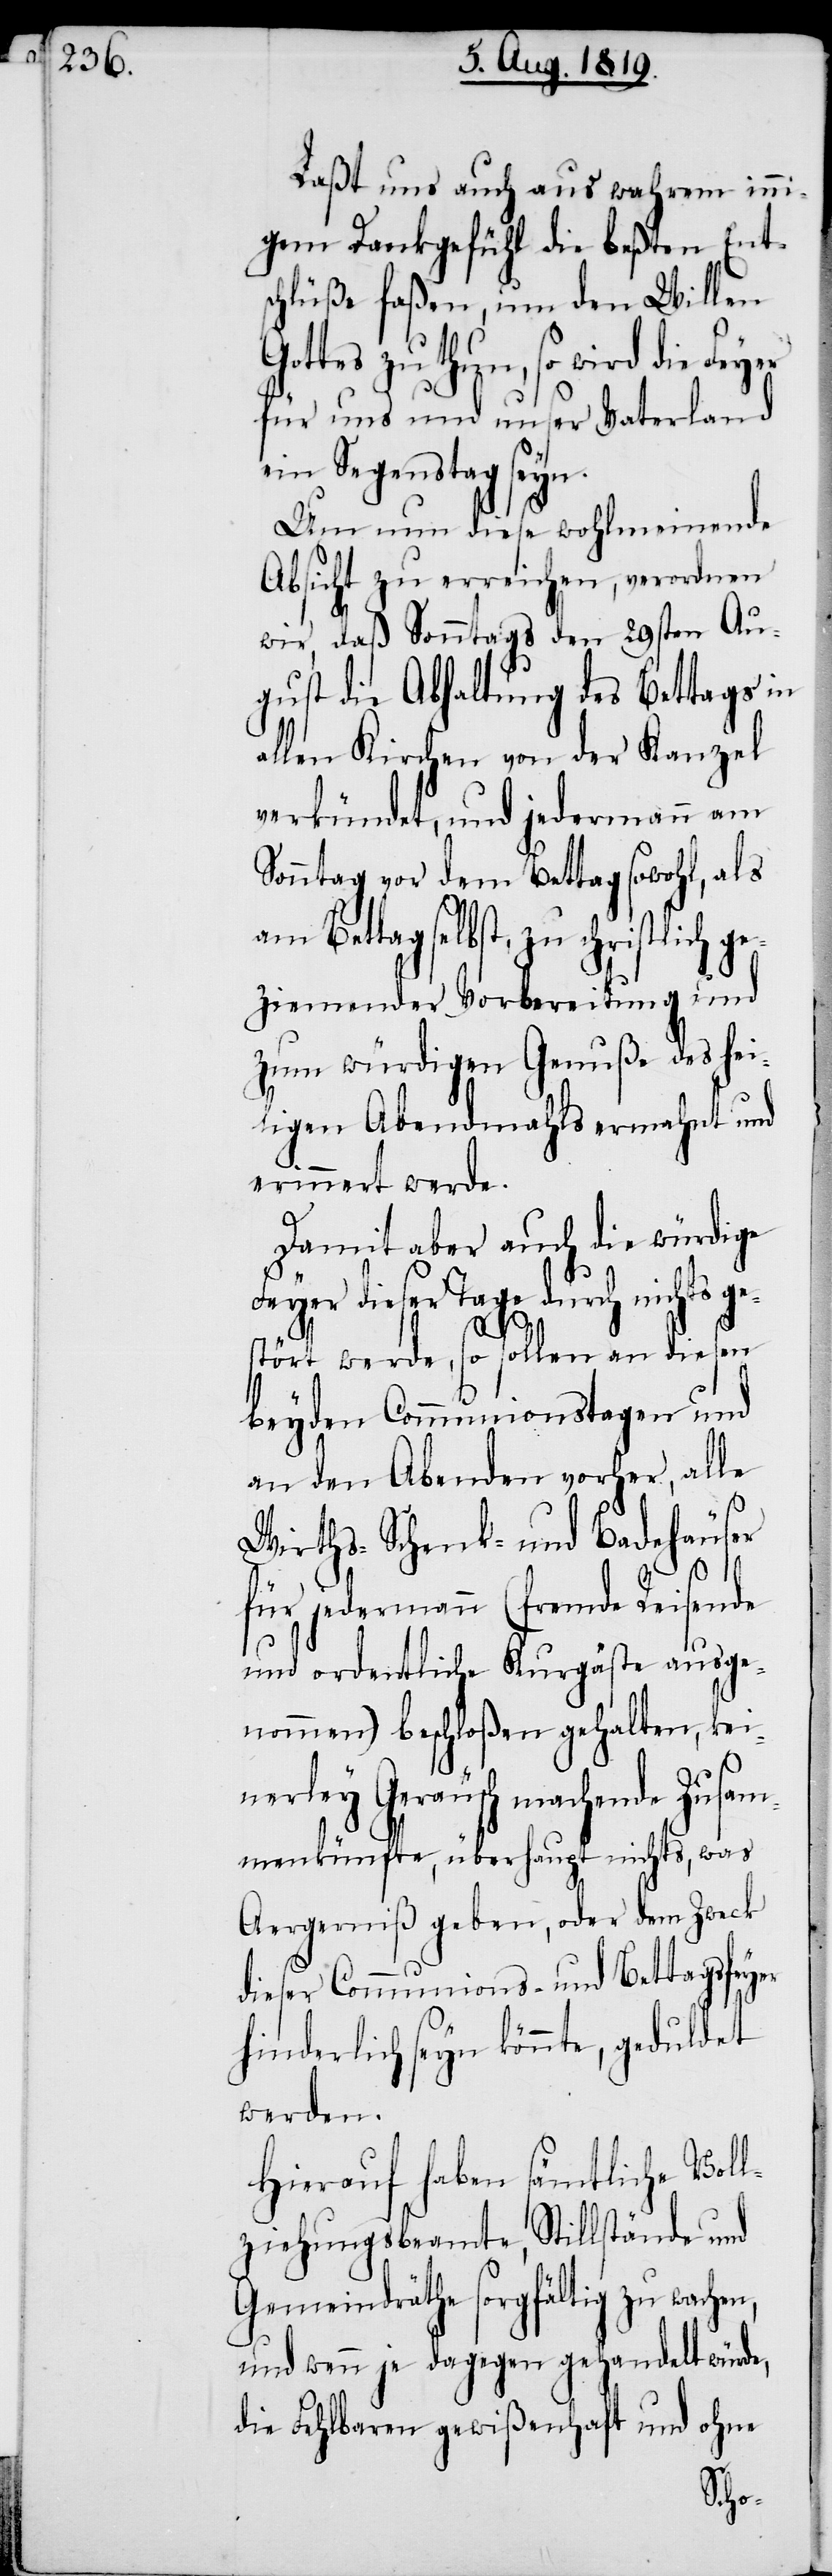
Laßt uns auch aus wahrem inni¬
gem Dankgefühl die beßten Ent¬
schlüße faßen, um den Willen
thun, so wird die
für uns und unser Vaterland
ein Segenstag seyn.
Um nun diese wohlmeinende
Absicht zu erreichen, verordnen
wir, daß Sonntags den 29ten Au¬
gust die Abhaltung des Bettags in
allen Kirchen von der Kanzel
verkündet, und jedermann am
Sonntag vor dem Bettag sowohl, als
am Bettag selbst, zu christlich ge¬
ziemender Vorbereitung und
zum würdigen Genuße des hei¬
ligen Abendmahls ermahnt und
erinnert werde.
Damit aber auch die würdige
Feyer dieser Tage durch nichts ge¬
stört werde, so sollen an diesen
beyden Communionstagen und
an den Abenden vorher, alle
en,
Wirths- Schenk- und Badehäuser
für jedermann (fremde Reisende
und ordentliche Kurgäste ausge¬
nommen) beschloßen gehalten, kei¬
nerley Geräusch machende Zusam¬
menkünfte, überhaupt nichts, was
Aergerniß geben, oder dem Zweck
dieser Communions- und Bettagsfeyer
hinderlich seyn könnte, geduldet
werden.
Hierauf haben sämtliche Voll¬
ziehungsbeamte, Stillstände und
Gemeindräthe sorgfältig zu wach¬
und wenn je dagegen gehandelt würde,
die Fehlbaren gewißenhaft und ohne